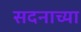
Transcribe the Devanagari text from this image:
सदनाच्या